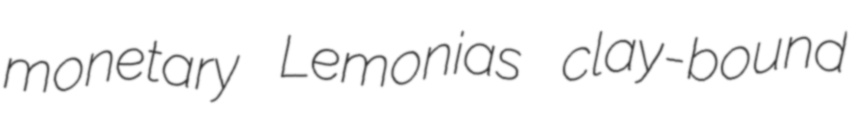
monetary Lemonias clay-bound